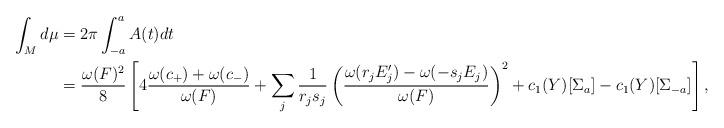
LaTeX: \begin{align*}\int_Md\mu&=2\pi\int_{-a}^aA(t)dt\\&=\frac{\omega(F)^2}{8}\left[4\frac{\omega(c_+)+\omega(c_-)}{\omega(F)}+\sum_j\frac{1}{r_js_j}\left(\frac{\omega(r_jE_j')-\omega(-s_jE_j)}{\omega(F)}\right)^2+c_1(Y)[\Sigma_a]-c_1(Y)[\Sigma_{-a}]\right],\end{align*}